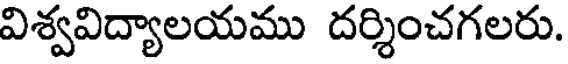
విశ్వవిద్యాలయము దర్శించగలరు.